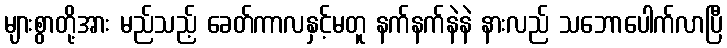
များစွာတို့အား မည်သည့် ခေတ်ကာလနှင့်မတူ နက်နက်နဲနဲ နားလည် သဘောပေါက်လာပြီ